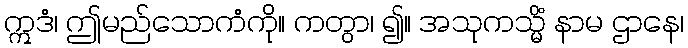
ဣဒံ၊ ဤမည်သောကံကို။ ကတွာ၊ ၍။ အသုကသ္မိံ နာမ ဌာနေ၊